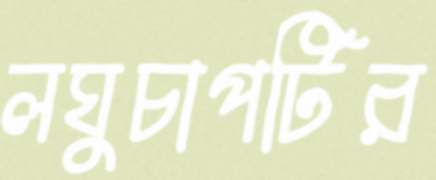
লঘুচাপটির